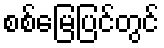
စစ်မြေပြင်တွင်